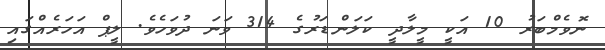
ނޮވެމްބަރު 10 އަކީ މީލާދީ ކަލަންޑަރުގެ 314 ވަނަ ދުވަހެވެ. ލީޕް އަހަރެއްގައި